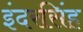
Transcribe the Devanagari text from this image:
इंदरसिंह